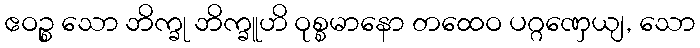
ဧဝဉ္စ သော ဘိက္ခု ဘိက္ခူဟိ ဝုစ္စမာနော တထေဝ ပဂ္ဂဏှေယျ, သော